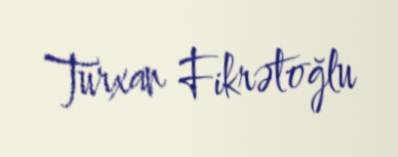
Turxan Fikrətoğlu